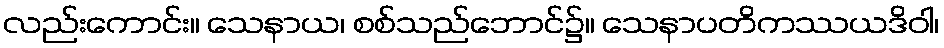
လည်းကောင်း။ သေနာယ၊ စစ်သည်ဘောင်၌။ သေနာပတိကဿယဒိဝါ၊